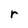
Character: r